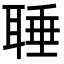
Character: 𦖋